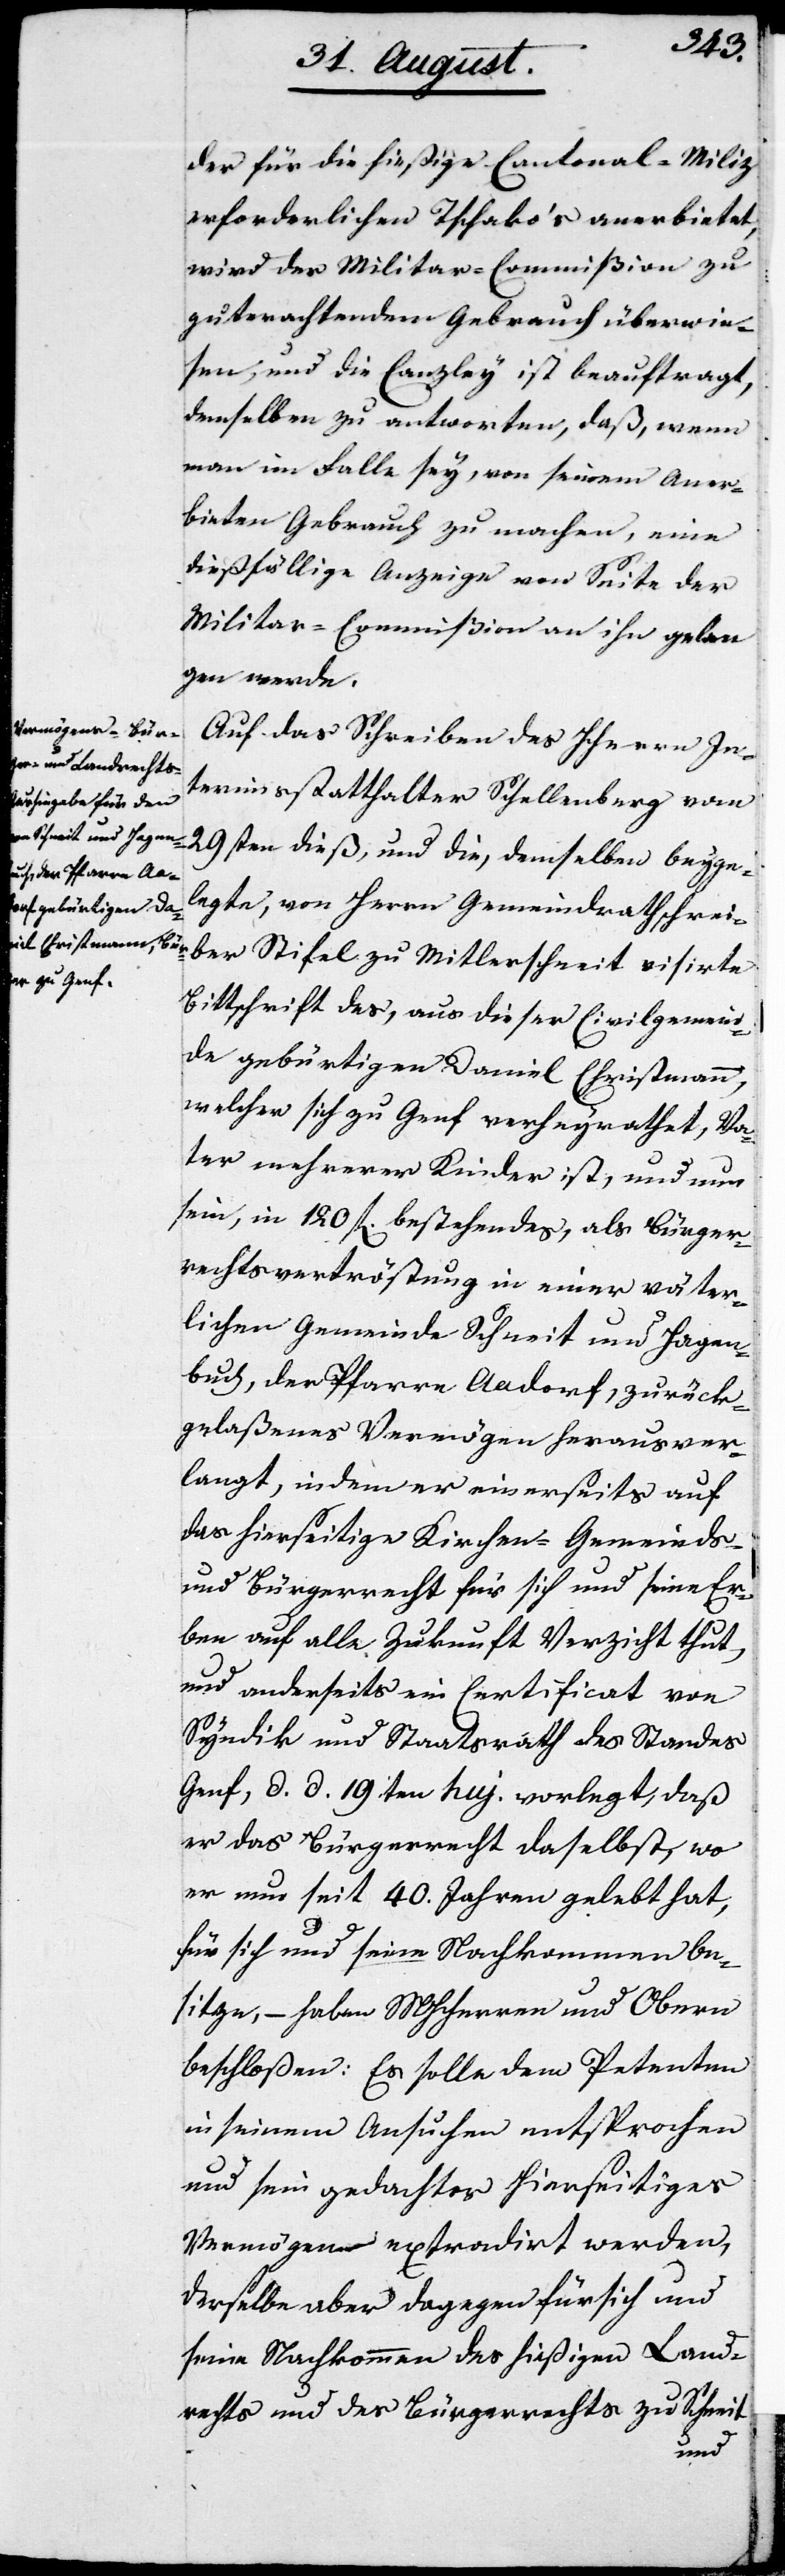
der für die hießige Central-Miliz
erforderlichen Tschako’s anerbietet,
wird der Militar-Commißion zu
guterachtendem Gebrauch überwie¬
sen, und die Canzley ist beauftragt,
demselben zu antworten, daß, wenn
man im Falle sey, von seinem Aner¬
bieten Gebrauch zu machen, eine
dießfällige Anzeige von Seite der
Militar-Commißion an ihn gelan¬
gen werde.
Auf das Schreiben des Herrn In¬
terimsstatthalter Schellenberg vom
29sten dieß, und die, demselben beyge¬
legte, von Herrn Gemeindrathsschrei¬
ber Stiefel zu Mitlerschneit visirte
Bittschrift des, aus dieser Civilgemein¬
de gebürtigen Daniel Christmann,
welcher sich zu Genf verheyrathet, Va¬
ter mehrerer Kinder ist, und um
sein, in 120 fl. bestehendes, als Bürger¬
rechtsvertröstung in einer väter¬
lichen Gemeinde Schneit und Hagen¬
buch, der Pfarre Aadorf, zurück¬
gelaßenes Vermögen herausver¬
langt, indem er einerseits auf
das hierseitige Kirchen- Gemeinds-
und Bürgerrecht für sich und seine Er¬
ben auf alle Zukunft Verzicht thut,
und anderseits ein Certificat von
Syndik und Staatsrath des Standes
Genf, d. d. 19ten huj. vorlegt, daß
er das Bürgerrecht daselbst, wo
er nun seit 40. Jahren gelebt hat,
für sich und seinen Nachkommen be¬
sitze, – haben MHHerren und Obern
beschloßen: Es solle dem Petenten
in seinem Ansuchen entsprochen
und sein gedachtes hierseitiges
Vermögen extradiert werden,
derselbe aber dagegen für sich und
seine Nachkommen des hießigen Land¬
rechts und des Bürgerrechts zu Schneit